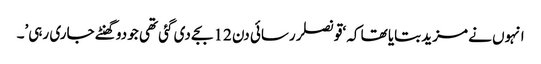
انہوں نے مزید بتایا تھا کہ ‘قونصلر رسائی دن 12 بجے دی گئی تھی جو دو گھنٹے جاری رہی’۔